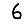
Digit: 6